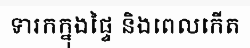
ទារកក្នុងផ្ទៃ និងពេលកើត